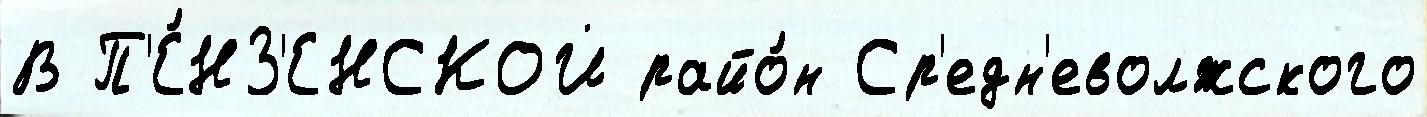
В П'Е́НЗ'ЕНСКОЙ райо́н Ср'едн'еволжского